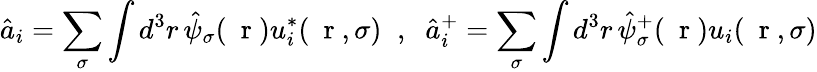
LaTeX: \hat{a}_{i}=\sum_{\sigma}\int d^{3}r\, \hat{\psi}_{\sigma}(\mathrm{~\mathbf~r~})u_{i}^{*}(\mathrm{~\mathbf~r~},\sigma)\; \; ,\; \; \hat{a}_{i}^{+}=\sum_{\sigma}\int d^{3}r\, \hat{\psi}_{\sigma}^{+}(\mathrm{~\mathbf~r~})u_{i}(\mathrm{~\mathbf~r~},\sigma)